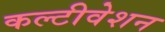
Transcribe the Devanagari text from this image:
कल्टीवेशन